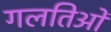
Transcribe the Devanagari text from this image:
गलतिओं